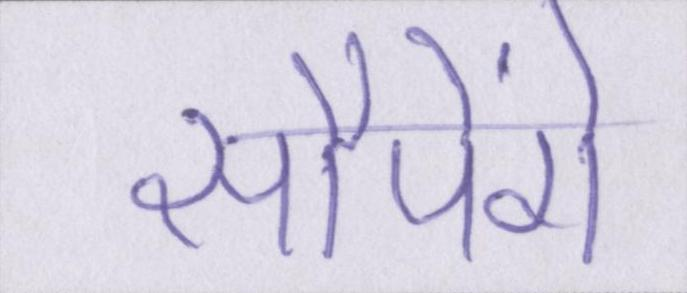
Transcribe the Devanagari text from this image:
सौपेंगे